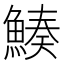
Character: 𩹀